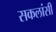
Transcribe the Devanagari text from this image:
सकलांसी